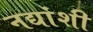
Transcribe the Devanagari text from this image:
नद्यांशी